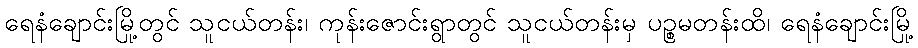
ရေနံချောင်းမြို့တွင် သူငယ်တန်း၊ ကုန်းဇောင်းရွာတွင် သူငယ်တန်းမှ ပဉ္စမတန်းထိ၊ ရေနံချောင်းမြို့